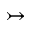
\rightarrowtail